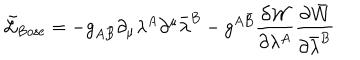
\tilde { { \cal L } } _ { \mathrm { B o s e } } = - g _ { A \bar { B } } \partial _ { \mu } \lambda ^ { A } \partial ^ { \mu } \bar { \lambda } ^ { B } - g ^ { A \bar { B } } \frac { \partial { \cal W } } { \partial \lambda ^ { A } } \frac { \partial \bar { { \cal W } } } { \partial \bar { \lambda } ^ { B } }